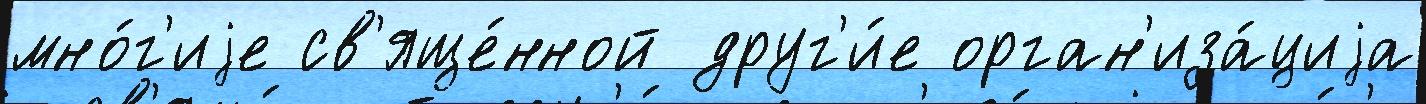
мно́г'иjе св'яще́нной друг'и́е орган'иза́циjа